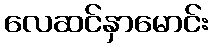
လေဆင်နှာမောင်း